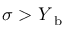
\sigma > Y _ { \mathrm { ~ b ~ } }